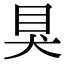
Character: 狊